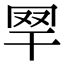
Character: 𦉻